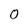
Character: 0